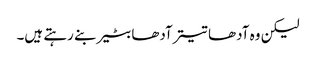
لیکن وہ آدھا تیتر آدھا بٹیر بنے رہتے ہیں۔